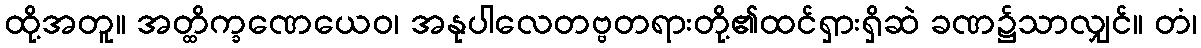
ထို့အတူ။ အတ္ထိက္ခဏေယေဝ၊ အနုပါလေတဗ္ဗတရားတို့၏ထင်ရှားရှိဆဲ ခဏ၌သာလျှင်။ တံ၊